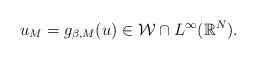
LaTeX: \begin{align*}u_{M} = g_{\beta,M}(u) \in \mathcal{W} \cap L^{\infty}(\mathbb{R}^N).\end{align*}